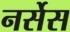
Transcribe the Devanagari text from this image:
नर्सेस